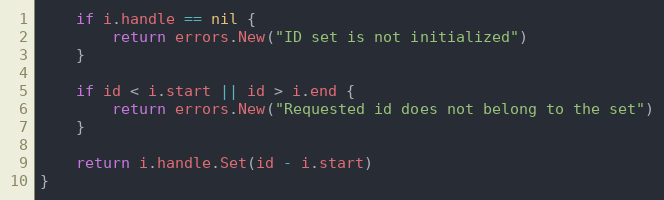
Language: Go
	if i.handle == nil {
		return errors.New("ID set is not initialized")
	}

	if id < i.start || id > i.end {
		return errors.New("Requested id does not belong to the set")
	}

	return i.handle.Set(id - i.start)
}